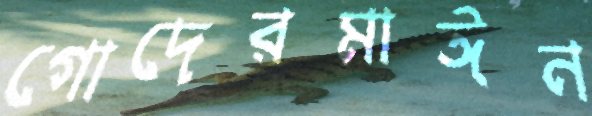
গোদেরমাঈন